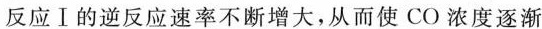
反应Ⅰ的逆反应速率不断增大，从而使CO浓度逐渐